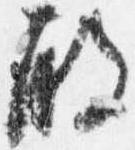
殿